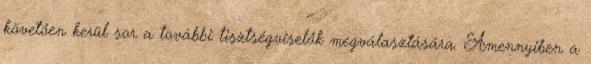
követően kerül sor a további tisztségviselők megválasztására. Amennyiben a